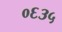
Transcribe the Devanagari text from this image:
०६३५